Report on sanitation, dispensaries, and jails in Rajputana for 1911, and on vaccination for the year 1911-1912 - 1911-1912
Year: 1911
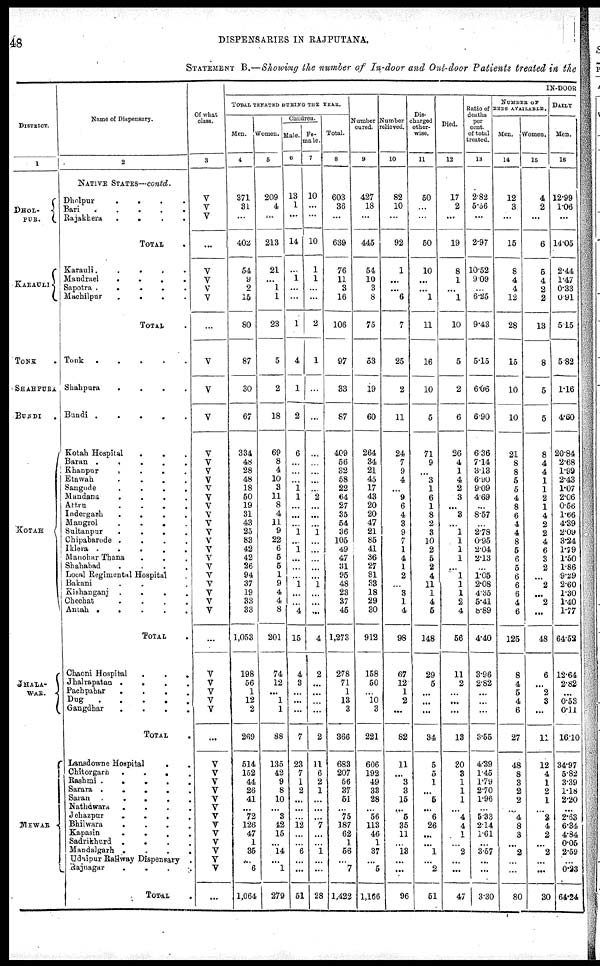
48
DISPENSARIES IN RAJPUTANA.
STATEMENT B.—Showing the number of In-door and Out-door Patients treated in the
DISTRICT.
1
DHOL¬
PUR.
KARAULI
TONK .
SHAHPURA
BUNDI .
KOTAH
JHALA¬
WAR.
MEWAR
Name of Dispensary.
2
NATIVE STATES—contd.
Dholpur
.
.
.
.
Bari
.
.
.
.
.
Rajakhera
.
.
.
.
TOTAL .
Karauli .
.
.
.
.
Mandrael
.
.
.
.
Sapotra .
.
.
.
.
Machilpur
.
.
.
.
TOTAL .
Tonk
.
.
.
. .
Shahpura
. . . .
Bundi .
.
.
.
.
Kotah Hospital . . .
Baran
. . . . .
Khanpur
.
.
. .
Etawah . . . .
Sangode
. . . .
Mandana
. . . .
Attru
.
.
.
.
Indergarh
.
.
.
.
Mangrol
.
.
. .
Sultanpur
. . . .
Chipabarode .
.
.
.
Iklera
. . . . .
Manohar Thana . . .
Shahabad
. . . .
Local Regimental Hospital .
Bakani . . .
Kishanganj .
.
. .
Chechat
. . . .
Antah .
.
.
.
.
TOTAL .
Chaoni Hospital . . .
Jhalrapatan .
. . .
Pachpahar
.
.
. .
Dug
.
.
.
.
.
Gangdhar
.
.
.
.
TOTAL .
Lansdowne Hospital
. .
Chitorgarh
.
.
..
Rashmi .
.
.
.
Sarara .
.
.
.
Saran .
.
.
.
Nathawara . . . .
Jehazpur
.
.
. .
Bhilwara
.
.
. .
Kapasin
.
.
. .
Sadrikhurd .
. . .
Mandalgarh . . . .
Udaipur Railway Dispensary .
Rajnagar . . . .
TOTAL .
Of what
class.
3
V
V
V
...
V
V
V
V
...
V
V
V
V
V
V
V
V
V
V
V
V
V
V
V
V
V
V
V
V
V
V
...
V
V
V
V
V
...
V
V
V
V
V
V
V
V
V
V
V
V
V
...
IN-DOOR
TOTAL TREATED DURING THE YEAR.
Men.
4
371
31
...
402
54
9
9
15
80
87
30
67
334
48
28
48
18
50
19
31
43
25
83
42
42
26
94
37
19
33
33
1,053
198
56
1
12
2
269
514
152
44
26
41
...
72
126
47
1
35
...
6
1,064
Women.
5
209
4
...
213
21
...
1
1
23
5
2
18
69
8
4
10
3
11
8
4
11
9
22
6
5
5
1
9
4
4
8
201
74
12
...
1
1
88
135
42
9
8
10
...
3
42
15
...
14
...
1
279
Children.
Male.
6
13
1
...
14
...
1
...
...
1
4
1
2
6
...
...
...
1
1
...
...
...
1
...
1
...
...
...
1
...
...
4
15
4
3
...
...
...
7
23
7
1
2
..
...
...
12
...
...
6
...
...
51
Fe¬
Male.
7
10
...
...
10
1
1
...
...
2
1
...
...
...
...
...
...
...
2
...
...
...
1
...
...
...
...
...
1
...
...
...
4
2
...
...
...
...
2
11
6
2
1
...
...
...
7
...
...
1
...
...
28
Total.
8
603
36
...
639
76
11
3
16
106
97
33
87
409
56
32
58
22
64
27
35
54
36
105
49
47
31
95
48
23
37
45
1,273
278
71
1
13
3
366
683
207
56
37
51
... 75
187
62
1
56
...
7
1,422
Number
cured.
9
427
18
...
445
54
10
3
8
75
53
19
60
264
34
21
45
17
43
20
20
47
21
85
41
36
27
81
33
18
29
30
912
158
50
...
10
3
221
606
192
49
33
28
... 56
113
46
1
37
...
5
1,166
Number
relieved.
10
82
10
...
92
1
...
...
6
7
25
2
11
24
7
9
4
...
9
6
4
3
9
7
1
4
1
2
...
3
1
4
98
67
12
1
2
...
82
11
...
3
3
15
...
5
35
11
...
13
...
...
96
Dis¬
charged
other¬
wise.
11
50
...
...
50
10
...
...
1
11
16
10
5
71
9
...
3
1
6
1
8
2
3
10
2
5
2
4
11
1
4
6
148
29
5
...
...
...
34
5
5
1
...
5
...
6
26
...
...
1
...
2
51
Died.
12
17
2
...
19
8
1
...
1
10
5
2
6
26
4
1
4
2
3
...
3
...
1
1
1
1
...
1
1
1
2
4
56
11
2
...
...
...
13
30
3
1
1
1
...
4
4
1
...
2
...
...
47
Ratio Of
deaths
per
cent.
of total
treated.
13
2.82
5.56
...
2.97
10.52
9.09
...
6.25
9.43
5.15
6.06
6.90
6.36
7.14
3.13
6.90
9.09
4.69
...
8.57
...
2.78
0.95
2.04
2.13
...
1.05
2.08
4.35
5.41
8.89
4.40
3.96
2.82
...
...
...
3.55
4.39
1.45
1.79
2.70
1.96
... 5.33
2.14
1.61
...
3.57
...
...
3.30
NUMBER OF
BEDS AVAILABLE.
Men.
14
12
3
...
15
8
4
4
12
28
15
10
10
21
8
8
5
5
4
8
6
4
4
8
5
6
5
6
6
6
4
6
125
8
4
5
4
6
27
48
8
3
2
2
... 4
8
3
...
2
...
...
80
Women.
15
4
2
...
6
5
4
2
2
13
8
5
5
8
4
4
1
1
2
1
4
2
2
4
6
3
2
...
2
...
2
...
48
6
...
2
3
...
11
12
4
3
2
1
... 2
4
2
...
2
...
...
30
DAILY
Men.
16
12.99
1.06
...
14.05
2.44
1.47
0.33
0.91
5.15
5.82
1.16
4.60
20.84
2.68
1.99
2.43
1.07
2.06
0.56
1.66
4.39
2.09
3.24
1.79
1.50
1.86
9.29
2.60
1.30
1.40
1.77
64.52
12.64
2.82
...
0.53
0.11
16.10
34.97
5.82
3.39
1.18
2.20
...
2.63
6.34
4.84
0.05
2.59
...
0.23
64.24